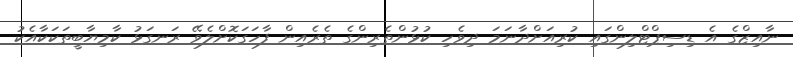
ނާއިޒްގެ އެ ޑިސިޕްޓްލިންގައި ކުރިއަށްދާނަމަ ދިވެހި ކުޅުންތެރިންގެ ތެރެއިން ފާހަގަކޮށްލެވޭ ރަނގަޅު ކާމިޔާބީތަކަކާއެކު